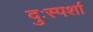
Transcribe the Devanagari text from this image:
दुःस्पर्शा